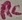
Text: RC